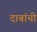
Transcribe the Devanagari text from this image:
दाबांची